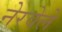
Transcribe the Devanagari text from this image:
नेरवेले